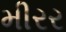
મીરર